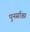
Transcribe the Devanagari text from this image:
पुनर्साक्ष्य